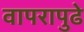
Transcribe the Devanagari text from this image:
वापरापुढे